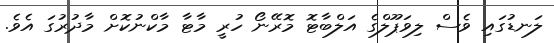
ލަނޑުގައި ވެސް ލިވަޕޫލްގެ އަލްބާޓޮ މޮރޭނޯ ހުރީ މާޓާ މާކްނުކޮށް މާދުރުގަ އެވެ.